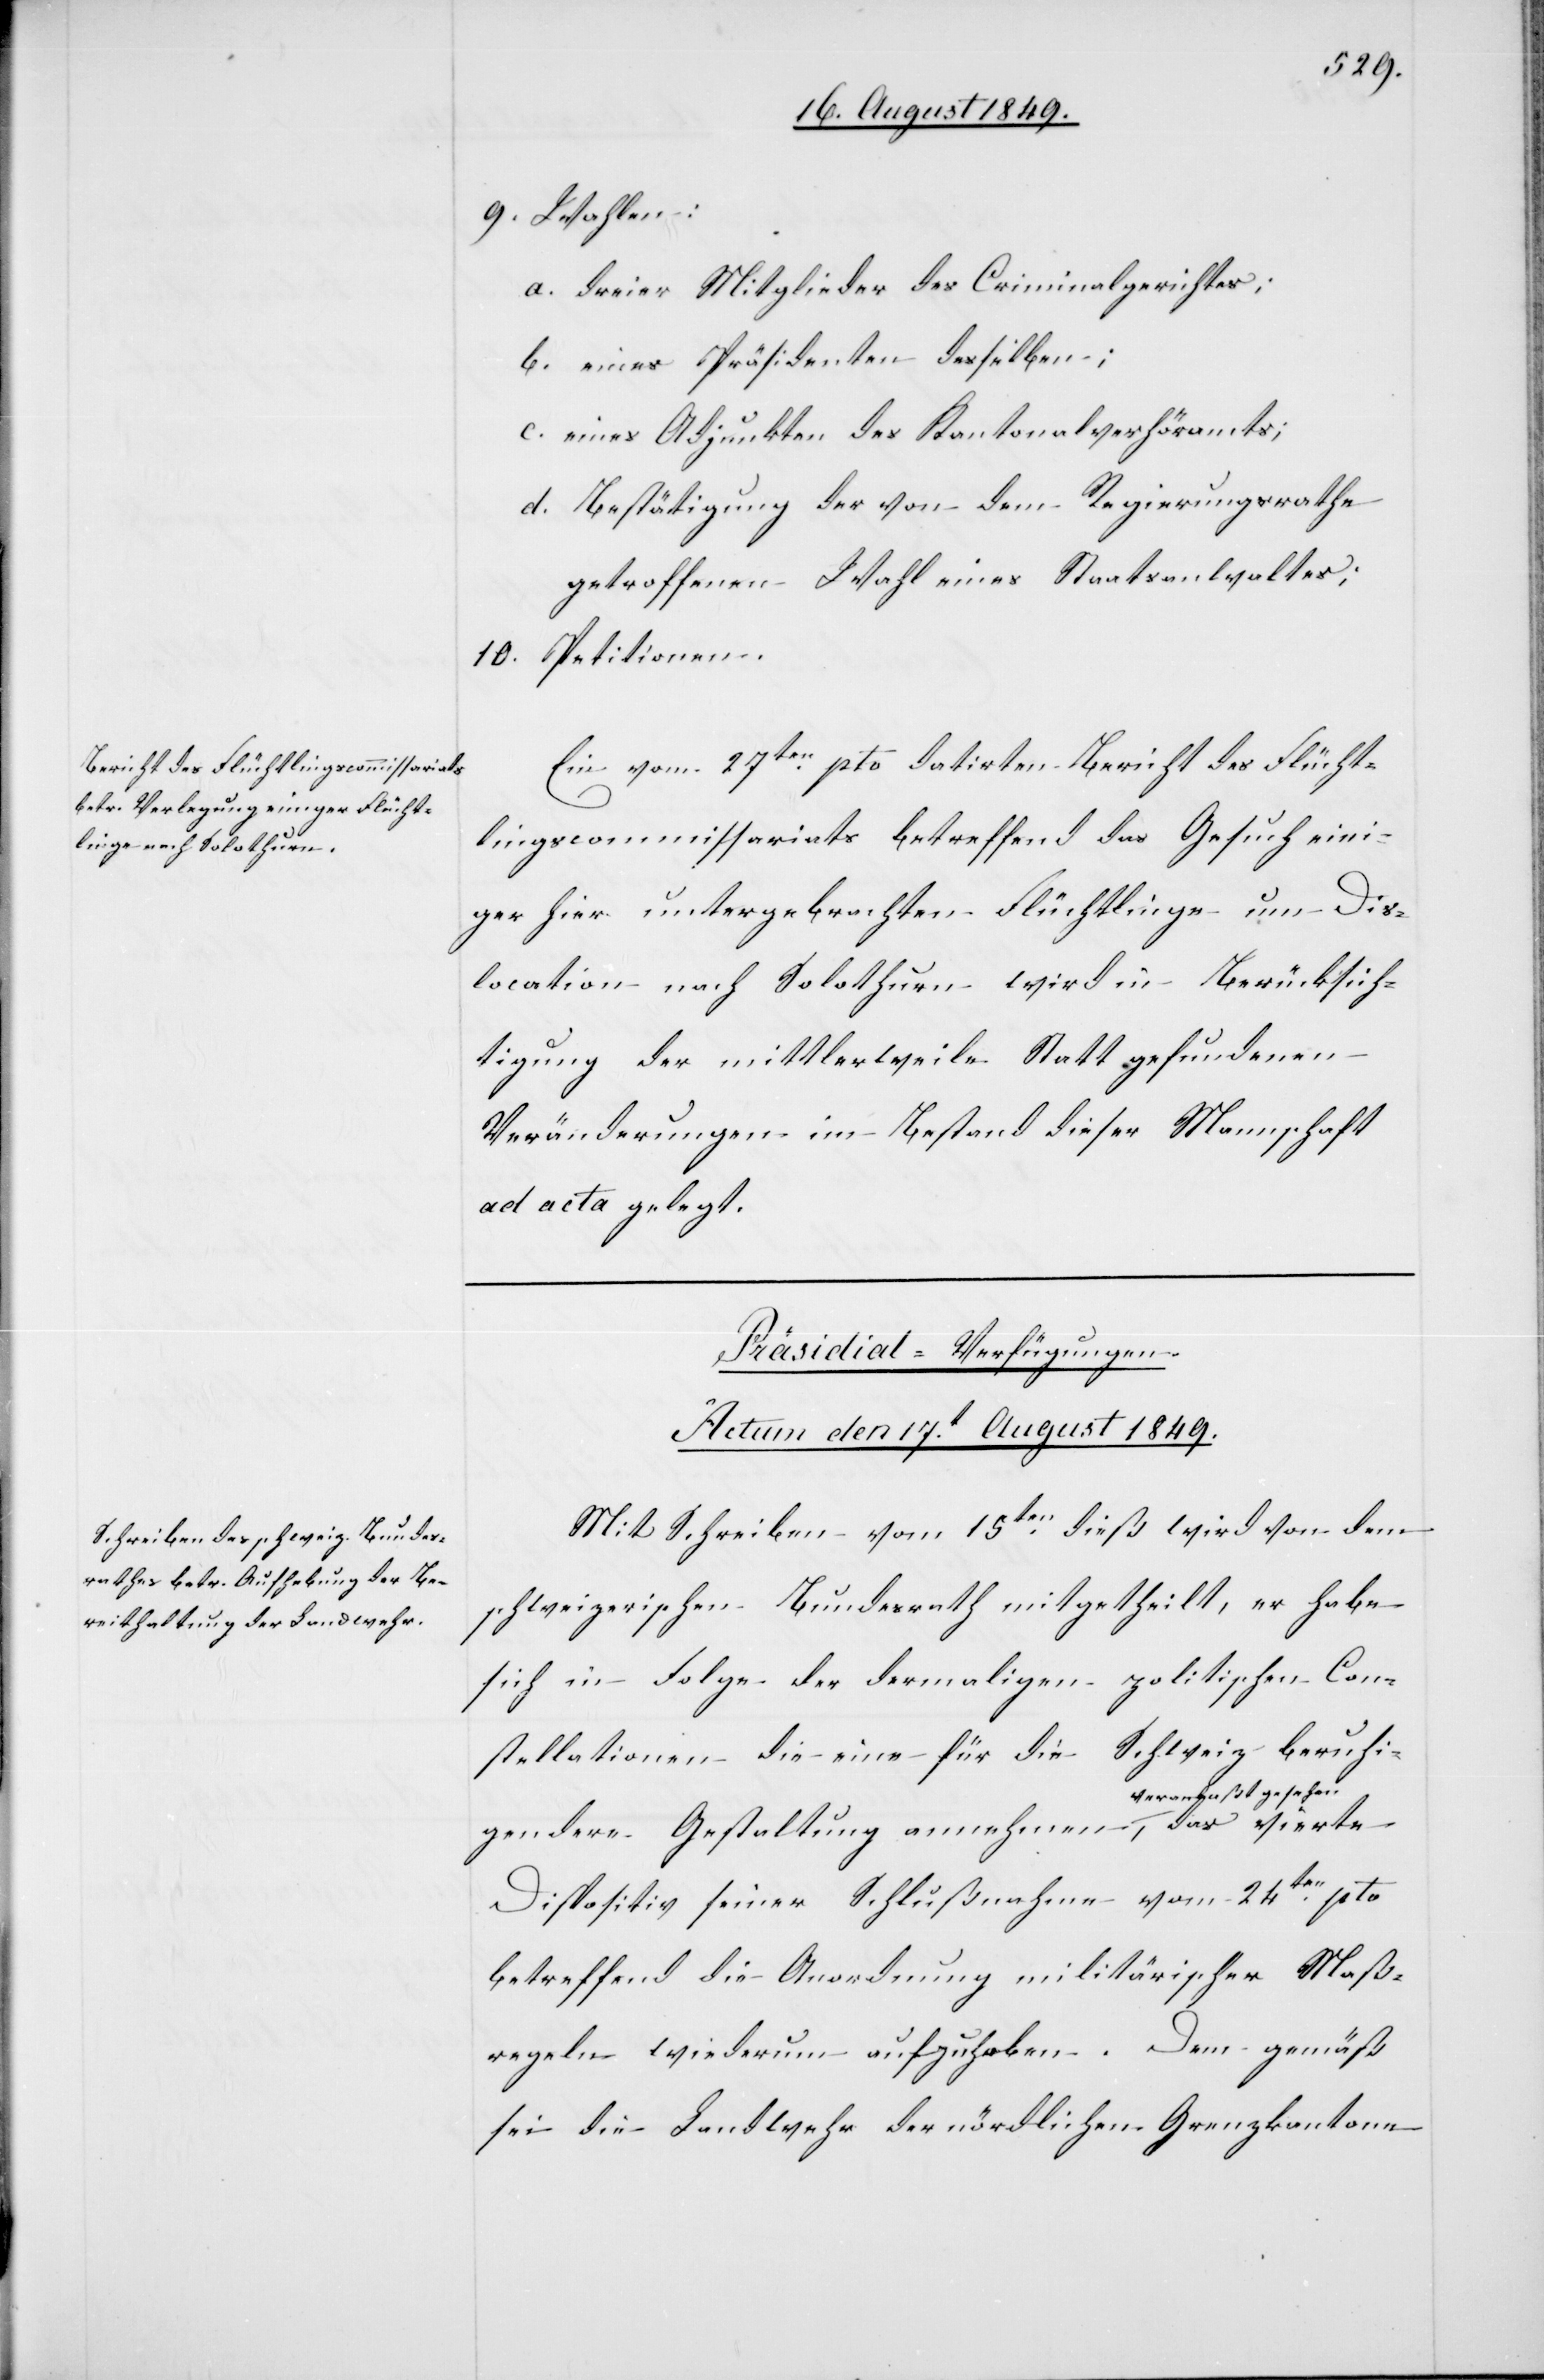
9. Wahlen:
a. dreier Mitglieder des Criminalgerichtes;
b. eines Präsidenten desselben;
c. eines Adjunkten des Kantonalverhöramts;
d. Bestätigung der von dem Regierungsrathe
getroffenen Wahl eines Staatsanwaltes;
Petitionen.
10.
Ein vom 27ten pto. datirten Bericht des Flücht¬
lingscommissariats betreffend das Gesuch eini¬
ger hier untergebrachten Flüchtlinge um Dis¬
location nach Solothurn wird in Berücksich¬
tigung der mittlerweile Statt gefundenen
Veränderungen im Bestand dieser Mannschaft
ad acta gelegt.
Präsidial-Verfügungen
Actum den 17t August 1849.
Mit Schreiben vom 15ten dieß wird von dem
schweizerischen Bundesrath mitgetheilt, er habe
sich in Folge der dermaligen politischen Con¬
stellationen die eine für die Schweiz beruhi¬
ranlaßt gesehen-a
gendere Gestaltung annehmen, a-ve¬
te
Dispositiv seiner Schlußnahme vom 24ten pto
betreffend die Anordnung militärischer Maß¬
regeln wiederum aufzuheben. Dem gemäß
sei die Landwehr der nördlichen Grenzkantone